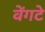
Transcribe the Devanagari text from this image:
वेंगटे